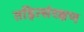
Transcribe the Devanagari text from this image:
तड़ित्संरक्षण